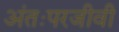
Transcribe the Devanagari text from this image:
अंतःपरजीवी